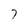
Character: 7